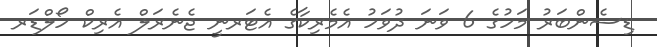
ޑިސެންބަރު މަހުގެ 6 ވަނަ ދުވަހު އެމެރިކާގެ އެޓަރނީ ޖެނެރަލް އެރިކް ހޯލްޑަރ